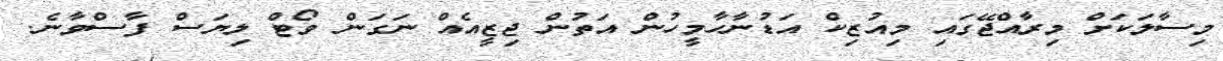
މިސާލަކަށް މިރާއްޖޭގައި މިއުޒިކް އަޑުނާހާމީހުން އަތުން ޖިޒީއެއް ނަގަން ވޯޓް ލިޔަސް ފާސްވާނެ.